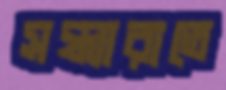
সন্ধ্যারাতে